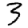
Digit: 3